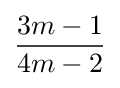
{\frac {3m-1}{4m-2}}